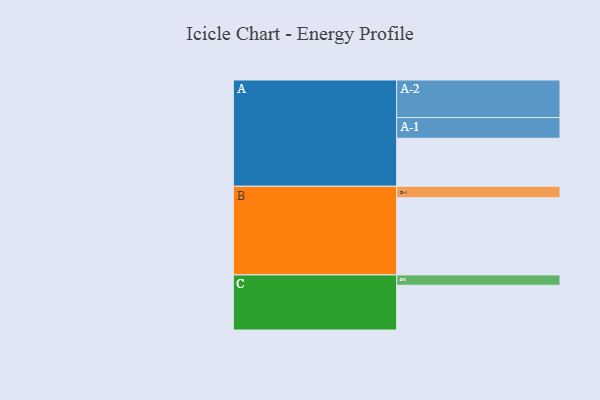
{"axis": {"x": "Segment", "y": "Value"}, "legend": ["", "A", "B", "C"], "data": [{"x": "A", "y": 348, "type": ""}, {"x": "B", "y": 559, "type": ""}, {"x": "C", "y": 324, "type": ""}, {"x": "A-1", "y": 150, "type": "A"}, {"x": "A-2", "y": 272, "type": "A"}, {"x": "B-1", "y": 83, "type": "B"}, {"x": "C-1", "y": 75, "type": "C"}]}